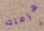
هزمتك